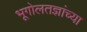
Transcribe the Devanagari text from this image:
भूगोलतज्ञांच्या